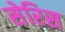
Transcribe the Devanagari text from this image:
सेरिस